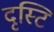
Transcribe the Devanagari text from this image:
दृस्टि